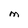
Character: M